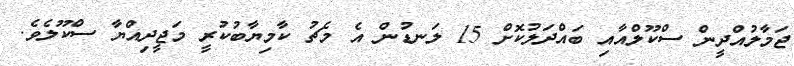
ޖަމާލުއްދީން ސްކޫލްއާއި ބައްދަލުކޮށް 15 ލަނޑުން އެ މެޗު ކާމިޔާބުކުރީ މަޖީދިއްޔާ ސްކޫލެވެ.